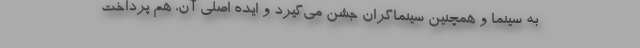
به سینما و همچنین سینماگران جشن می‌گیرد و ایده اصلی آن، هم پرداخت